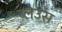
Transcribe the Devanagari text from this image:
ब्लेउस